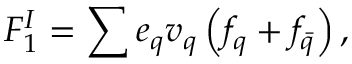
F _ { 1 } ^ { I } = \sum { e _ { q } v _ { q } } \left( f _ { q } + f _ { \bar { q } } \right) ,